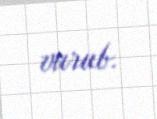
vurub.